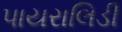
પાયરાલિડી